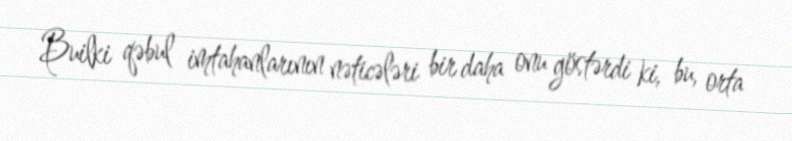
Builki qəbul imtahanlarının nəticələri bir daha onu göstərdi ki, bu, orta